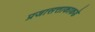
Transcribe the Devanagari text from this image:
प्रजासत्ताकाकडे